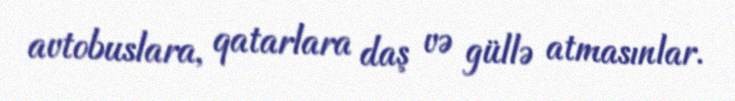
avtobuslara, qatarlara daş və güllə atmasınlar.